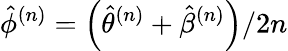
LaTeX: \hat{\phi}^{(n)}=\left(\hat{\theta}^{(n)}+\hat{\beta}^{(n)}\right)/2n